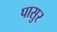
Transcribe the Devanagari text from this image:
पासुर